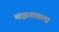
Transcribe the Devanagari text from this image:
माझगावला